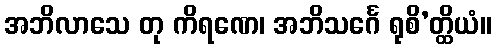
အဘိလာသေ တု ကိရဏေ၊ အဘိသင်္ဂေ ရုစိ’တ္ထိယံ။